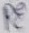
Text: PE